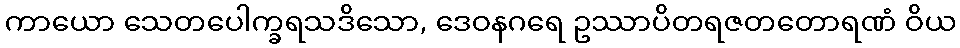
ကာယော သေတပေါက္ခရသဒိသော, ဒေဝနဂရေ ဥဿာပိတရဇတတောရဏံ ဝိယ